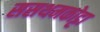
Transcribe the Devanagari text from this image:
ससथमकोट्टा